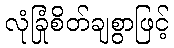
လုံခြုံစိတ်ချစွာဖြင့်